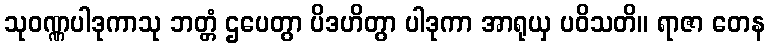
သုဝဏ္ဏပါဒုကာသု ဘတ္တံ ဌပေတွာ ပိဒဟိတွာ ပါဒုကာ အာရုယှ ပဝိသတိ။ ရာဇာ တေန